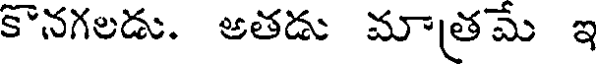
కొనగలడు. అతడు మాత్రమే ఇ